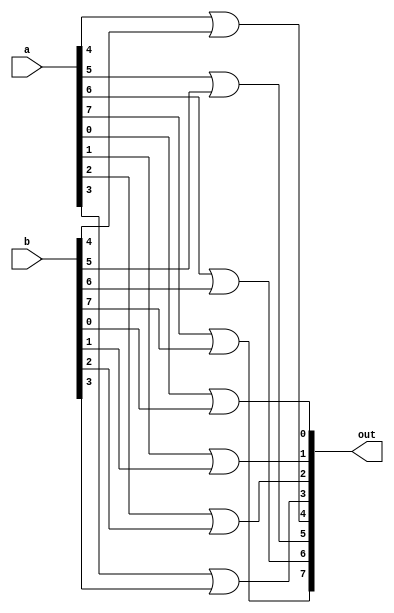
module or8bit (a, b, out);

input [7:0] a, b;
output [7:0] out;

or (out[0], a[0], b[0]);
or (out[1], a[1], b[1]);
or (out[2], a[2], b[2]);
or (out[3], a[3], b[3]);
or (out[4], a[4], b[4]);
or (out[5], a[5], b[5]);
or (out[6], a[6], b[6]);
or (out[7], a[7], b[7]);

endmodule